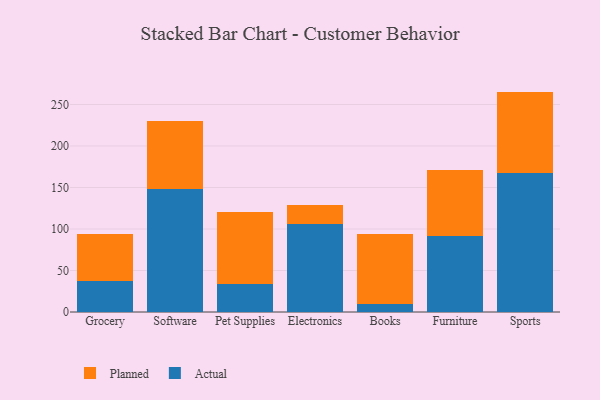
{"axis": {"x": "Category", "y": "Energy Usage (MWh)"}, "legend": ["Actual", "Planned"], "data": [{"x": "Grocery", "y": 37.7, "type": "Actual"}, {"x": "Grocery", "y": 56.4, "type": "Planned"}, {"x": "Software", "y": 148.3, "type": "Actual"}, {"x": "Software", "y": 81.8, "type": "Planned"}, {"x": "Pet Supplies", "y": 34.2, "type": "Actual"}, {"x": "Pet Supplies", "y": 86.8, "type": "Planned"}, {"x": "Electronics", "y": 106.4, "type": "Actual"}, {"x": "Electronics", "y": 23.1, "type": "Planned"}, {"x": "Books", "y": 9.1, "type": "Actual"}, {"x": "Books", "y": 85.2, "type": "Planned"}, {"x": "Furniture", "y": 91.0, "type": "Actual"}, {"x": "Furniture", "y": 80.2, "type": "Planned"}, {"x": "Sports", "y": 167.2, "type": "Actual"}, {"x": "Sports", "y": 98.3, "type": "Planned"}]}